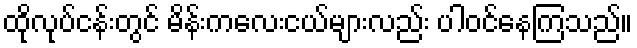
ထိုလုပ်ငန်းတွင် မိန်းကလေးငယ်များလည်း ပါဝင်နေကြသည်။